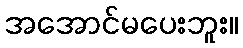
အအောင်မပေးဘူး။